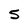
Character: 5